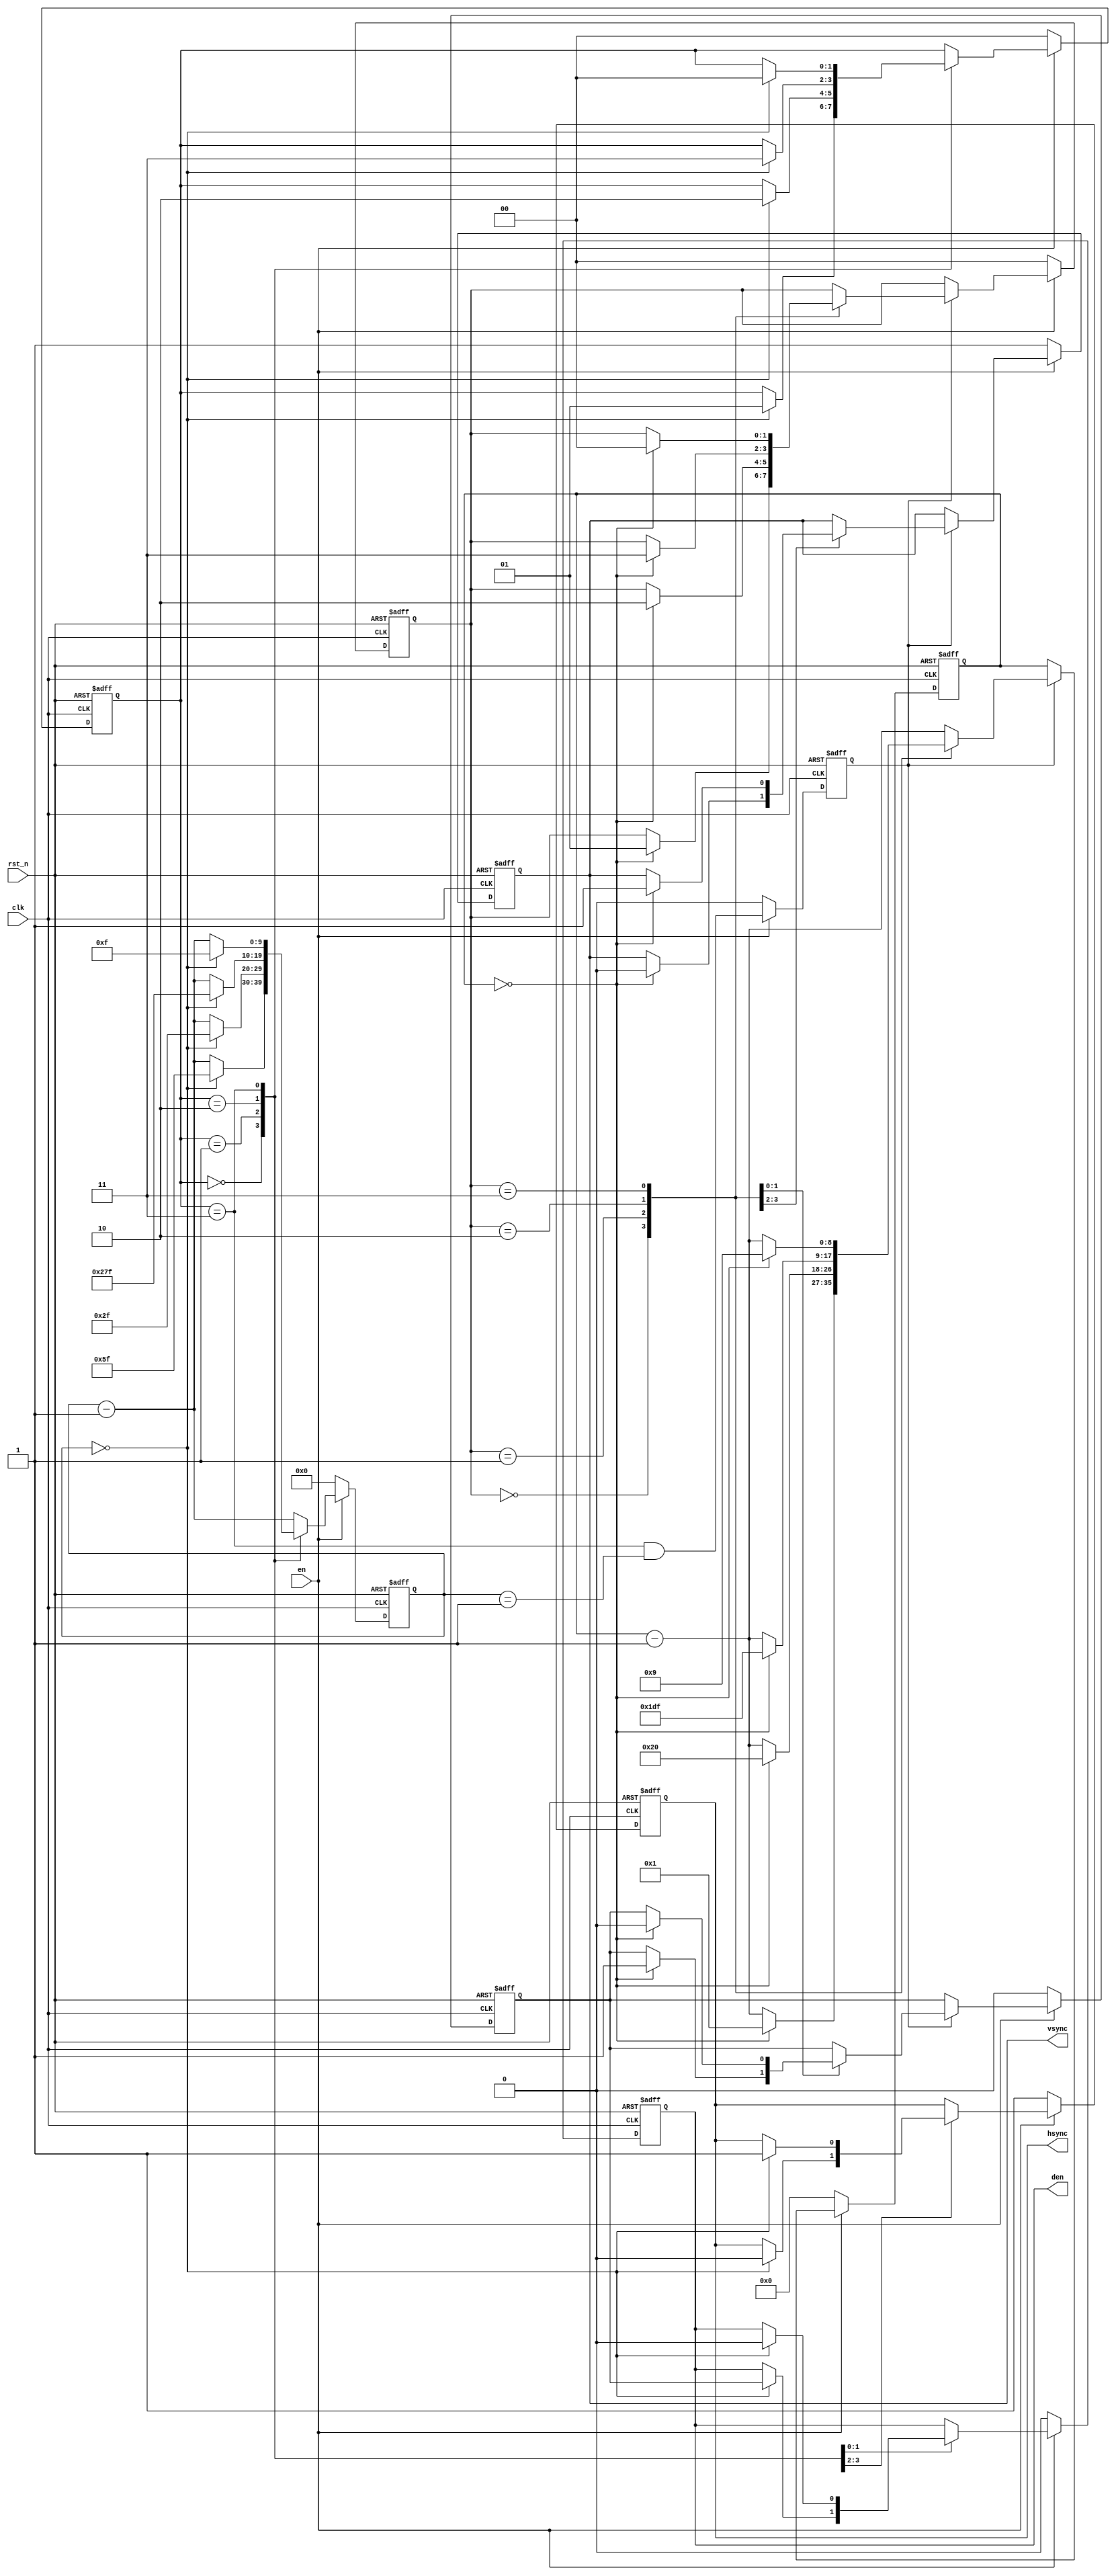
module smoldvi_timing #(
	// Defaults are for 640x480p 60 Hz (from CEA 861D).
	// All horizontal timings are in pixels.
	// All vertical timings are in scanlines.
	parameter H_SYNC_POLARITY   = 1'b0, // 0 for active-low pulse
	parameter H_FRONT_PORCH     = 16,
	parameter H_SYNC_WIDTH      = 96,
	parameter H_BACK_PORCH      = 48,
	parameter H_ACTIVE_PIXELS   = 640,

	parameter V_SYNC_POLARITY   = 1'b0, // 0 for active-low pulse
	parameter V_FRONT_PORCH     = 10,
	parameter V_SYNC_WIDTH      = 2,
	parameter V_BACK_PORCH      = 33,
	parameter V_ACTIVE_LINES    = 480
) (
	input wire clk,
	input wire rst_n,

	input wire en,

	output reg vsync,
	output reg hsync,
	output reg den
);

parameter W_H_CTR = $clog2(H_ACTIVE_PIXELS);
parameter W_V_CTR = $clog2(V_ACTIVE_LINES);

// ----------------------------------------------------------------------------
// Horizontal timing state machine

localparam W_STATE = 2;
localparam S_FRONT_PORCH = 2'h0;
localparam S_SYNC        = 2'h1;
localparam S_BACK_PORCH  = 2'h2;
localparam S_ACTIVE      = 2'h3;

reg [W_H_CTR-1:0] h_ctr;
reg [W_STATE-1:0] h_state;
reg in_active_vertical_period;
reg v_advance;

always @ (posedge clk or negedge rst_n) begin
	if (!rst_n) begin
		h_state <= S_FRONT_PORCH;
		h_ctr <= {W_H_CTR{1'b0}};
		hsync <= !H_SYNC_POLARITY;
		den <= 1'b0;
		v_advance <= 1'b0;
	end else if (!en) begin
		hsync <= !H_SYNC_POLARITY;
		den <= 1'b0;
		h_ctr <= {W_H_CTR{1'b0}};
		h_state <= S_FRONT_PORCH;
		v_advance <= 1'b0;
	end else begin
		h_ctr <= h_ctr - 1'b1;
		v_advance <= h_state == S_ACTIVE && h_ctr == 1;
		case (h_state)
		S_FRONT_PORCH: if (h_ctr == 0) begin
			h_ctr <= H_SYNC_WIDTH - 1;
			h_state <= S_SYNC;
			hsync <= H_SYNC_POLARITY;
		end
		S_SYNC: if (h_ctr == 0) begin
			h_ctr <= H_BACK_PORCH - 1;
			h_state <= S_BACK_PORCH;
			hsync <= !H_SYNC_POLARITY;
		end
		S_BACK_PORCH: if (h_ctr == 0) begin
			h_ctr <= H_ACTIVE_PIXELS - 1;
			h_state <= S_ACTIVE;
			den <= in_active_vertical_period;
		end
		S_ACTIVE: if (h_ctr == 0) begin
			h_ctr <= H_FRONT_PORCH - 1;
			h_state <= S_FRONT_PORCH;
			den <= 1'b0;
		end
		endcase
	end
end

// ----------------------------------------------------------------------------
// Vertical timing state machine

reg [W_V_CTR-1:0] v_ctr;
reg [W_STATE-1:0] v_state;

always @ (posedge clk or negedge rst_n) begin
	if (!rst_n) begin
		v_state <= S_FRONT_PORCH;
		v_ctr <= {W_V_CTR{1'b0}};
		vsync <= !V_SYNC_POLARITY;
		in_active_vertical_period <= 1'b0;
	end else if (!en) begin
		vsync <= !V_SYNC_POLARITY;
		in_active_vertical_period <= 1'b0;
		v_ctr <= {W_V_CTR{1'b0}};
		v_state <= S_FRONT_PORCH;
	end else if (v_advance) begin
		v_ctr <= v_ctr - 1'b1;
		case (v_state)
		S_FRONT_PORCH: if (v_ctr == 0) begin
			v_ctr <= V_SYNC_WIDTH - 1;
			v_state <= S_SYNC;
			vsync <= V_SYNC_POLARITY;
		end
		S_SYNC: if (v_ctr == 0) begin
			v_ctr <= V_BACK_PORCH - 1;
			v_state <= S_BACK_PORCH;
			vsync <= !V_SYNC_POLARITY;
		end
		S_BACK_PORCH: if (v_ctr == 0) begin
			v_ctr <= V_ACTIVE_LINES - 1;
			v_state <= S_ACTIVE;
			in_active_vertical_period <= 1'b1;
		end
		S_ACTIVE: if (v_ctr == 0) begin
			v_ctr <= V_FRONT_PORCH - 1;
			v_state <= S_FRONT_PORCH;
			in_active_vertical_period <= 1'b0;
		end
		endcase
	end
end

endmodule